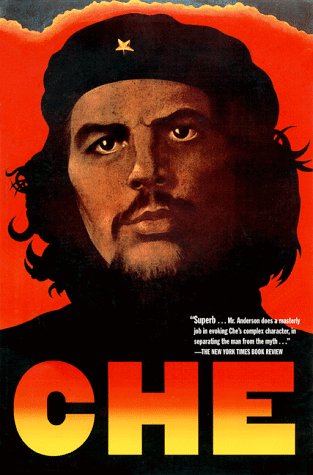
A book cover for Che Guevara: A Revolutionary Life; Jon Lee Anderson; Biographies & Memoirs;